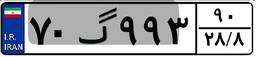
۷۰گ۹۹۳۹۰